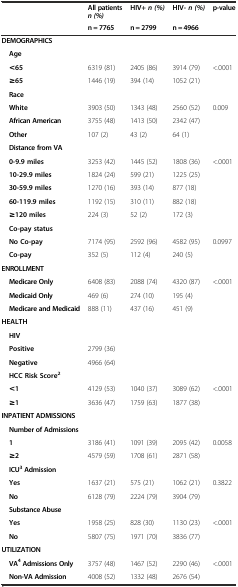
<table><thead><tr><td></td><td><b>All patients<i>n (%)</i></b></td><td><b>HIV+<i>n (%)</i></b></td><td><b>HIV-<i>n (%)</i></b></td><td rowspan="2"><b>p-value</b></td></tr><tr><td></td><td><b>n = 7765</b></td><td><b>n = 2799</b></td><td><b>n = 4966</b></td></tr></thead><tbody><tr><td><b>DEMOGRAPHICS</b></td><td></td><td></td><td></td><td></td></tr><tr><td> <b>Age</b></td><td></td><td></td><td></td><td></td></tr><tr><td> <b>&lt;65</b></td><td>6319 (81)</td><td>2405 (86)</td><td>3914 (79)</td><td>&lt;.0001</td></tr><tr><td> <b>≥65</b></td><td>1446 (19)</td><td>394 (14)</td><td>1052 (21)</td><td></td></tr><tr><td> <b>Race</b></td><td></td><td></td><td></td><td></td></tr><tr><td> <b>White</b></td><td>3903 (50)</td><td>1343 (48)</td><td>2560 (52)</td><td>0.009</td></tr><tr><td> <b>African American</b></td><td>3755 (48)</td><td>1413 (50)</td><td>2342 (47)</td><td></td></tr><tr><td> <b>Other</b></td><td>107 (2)</td><td>43 (2)</td><td>64 (1)</td><td></td></tr><tr><td> <b>Distance from VA</b></td><td></td><td></td><td></td><td></td></tr><tr><td> <b>0-9.9 miles</b></td><td>3253 (42)</td><td>1445 (52)</td><td>1808 (36)</td><td>&lt;.0001</td></tr><tr><td> <b>10-29.9 miles</b></td><td>1824 (24)</td><td>599 (21)</td><td>1225 (25)</td><td></td></tr><tr><td> <b>30-59.9 miles</b></td><td>1270 (16)</td><td>393 (14)</td><td>877 (18)</td><td></td></tr><tr><td> <b>60-119.9 miles</b></td><td>1192 (15)</td><td>310 (11)</td><td>882 (18)</td><td></td></tr><tr><td> <b>≥120 miles</b></td><td>224 (3)</td><td>52 (2)</td><td>172 (3)</td><td></td></tr><tr><td> <b>Co-pay status</b></td><td></td><td></td><td></td><td></td></tr><tr><td> <b>No Co-pay</b></td><td>7174 (95)</td><td>2592 (96)</td><td>4582 (95)</td><td>0.0997</td></tr><tr><td> <b>Co-pay</b></td><td>352 (5)</td><td>112 (4)</td><td>240 (5)</td><td></td></tr><tr><td><b>ENROLLMENT</b></td><td></td><td></td><td></td><td></td></tr><tr><td> <b>Medicare Only</b></td><td>6408 (83)</td><td>2088 (74)</td><td>4320 (87)</td><td>&lt;.0001</td></tr><tr><td> <b>Medicaid Only</b></td><td>469 (6)</td><td>274 (10)</td><td>195 (4)</td><td></td></tr><tr><td> <b>Medicare and Medicaid</b></td><td>888 (11)</td><td>437 (16)</td><td>451 (9)</td><td></td></tr><tr><td><b>HEALTH</b></td><td></td><td></td><td></td><td></td></tr><tr><td> <b>HIV</b></td><td></td><td></td><td></td><td></td></tr><tr><td> <b>Positive</b></td><td>2799 (36)</td><td></td><td></td><td></td></tr><tr><td> <b>Negative</b></td><td>4966 (64)</td><td></td><td></td><td></td></tr><tr><td> <b>HCC Risk Score</b><sup><b>2</b></sup></td><td></td><td></td><td></td><td></td></tr><tr><td> <b>&lt;1</b></td><td>4129 (53)</td><td>1040 (37)</td><td>3089 (62)</td><td>&lt;.0001</td></tr><tr><td> <b>≥1</b></td><td>3636 (47)</td><td>1759 (63)</td><td>1877 (38)</td><td></td></tr><tr><td><b>INPATIENT ADMISSIONS</b></td><td></td><td></td><td></td><td></td></tr><tr><td> <b>Number of Admissions</b></td><td></td><td></td><td></td><td></td></tr><tr><td> <b>1</b></td><td>3186 (41)</td><td>1091 (39)</td><td>2095 (42)</td><td>0.0058</td></tr><tr><td> <b>≥2</b></td><td>4579 (59)</td><td>1708 (61)</td><td>2871 (58)</td><td></td></tr><tr><td> <b>ICU</b><sup><b>3</b></sup><b>Admission</b></td><td></td><td></td><td></td><td></td></tr><tr><td> <b>Yes</b></td><td>1637 (21)</td><td>575 (21)</td><td>1062 (21)</td><td>0.3822</td></tr><tr><td> <b>No</b></td><td>6128 (79)</td><td>2224 (79)</td><td>3904 (79)</td><td></td></tr><tr><td> <b>Substance Abuse</b></td><td></td><td></td><td></td><td></td></tr><tr><td> <b>Yes</b></td><td>1958 (25)</td><td>828 (30)</td><td>1130 (23)</td><td>&lt;.0001</td></tr><tr><td> <b>No</b></td><td>5807 (75)</td><td>1971 (70)</td><td>3836 (77)</td><td></td></tr><tr><td><b>UTILIZATION</b></td><td></td><td></td><td></td><td></td></tr><tr><td> <b>VA</b><sup><b>4</b></sup><b>Admissions Only</b></td><td>3757 (48)</td><td>1467 (52)</td><td>2290 (46)</td><td>&lt;.0001</td></tr><tr><td> <b>Non-VA Admission</b></td><td>4008 (52)</td><td>1332 (48)</td><td>2676 (54)</td><td></td></tr></tbody></table>